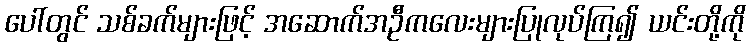
ပေါ်တွင် သစ်ခက်များဖြင့် အဆောက်အဦကလေးများပြုလုပ်ကြ၍ ယင်းတို့ကို